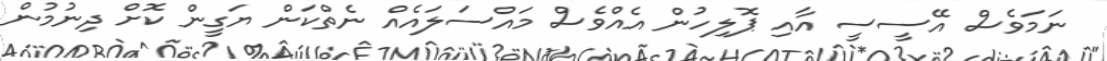
ނަމަވެސް އޭސީސީ އާއި ޕޮލިހުން އެއްވެސް މައްސަލައެއް ނެތްކަން ޔަގީން ކޮށް ދިނުމުން